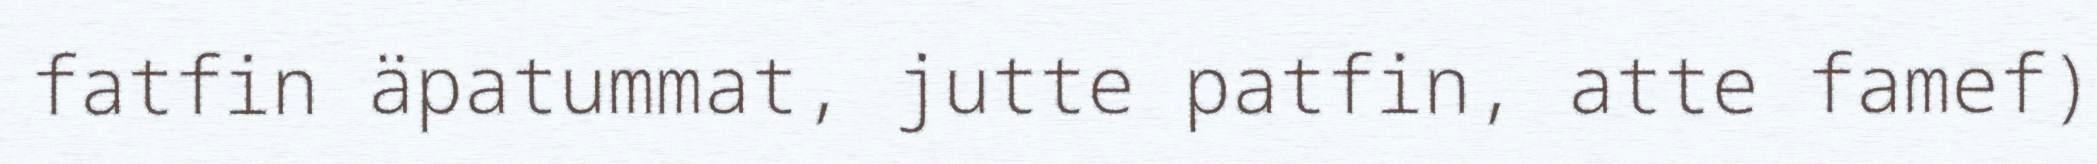
fatfin äpatummat, jutte patfin, atte famef)